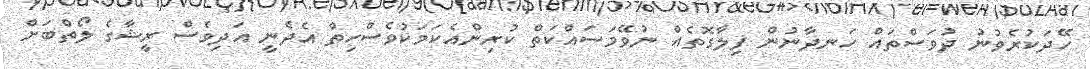
ހޭދަކުރެވުނު ދުވަސްތައް ހަނދާނުން ފިލާގޮތެެއް ނުވޭމަސައްކަތް ކުރިންއެކަމަކުވެސްހިތް އެދެނީ އަދިވެސް ރީޝާގެ ލޯތްބަށް